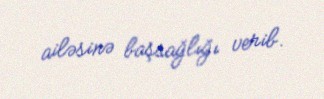
ailəsinə başsağlığı verib.